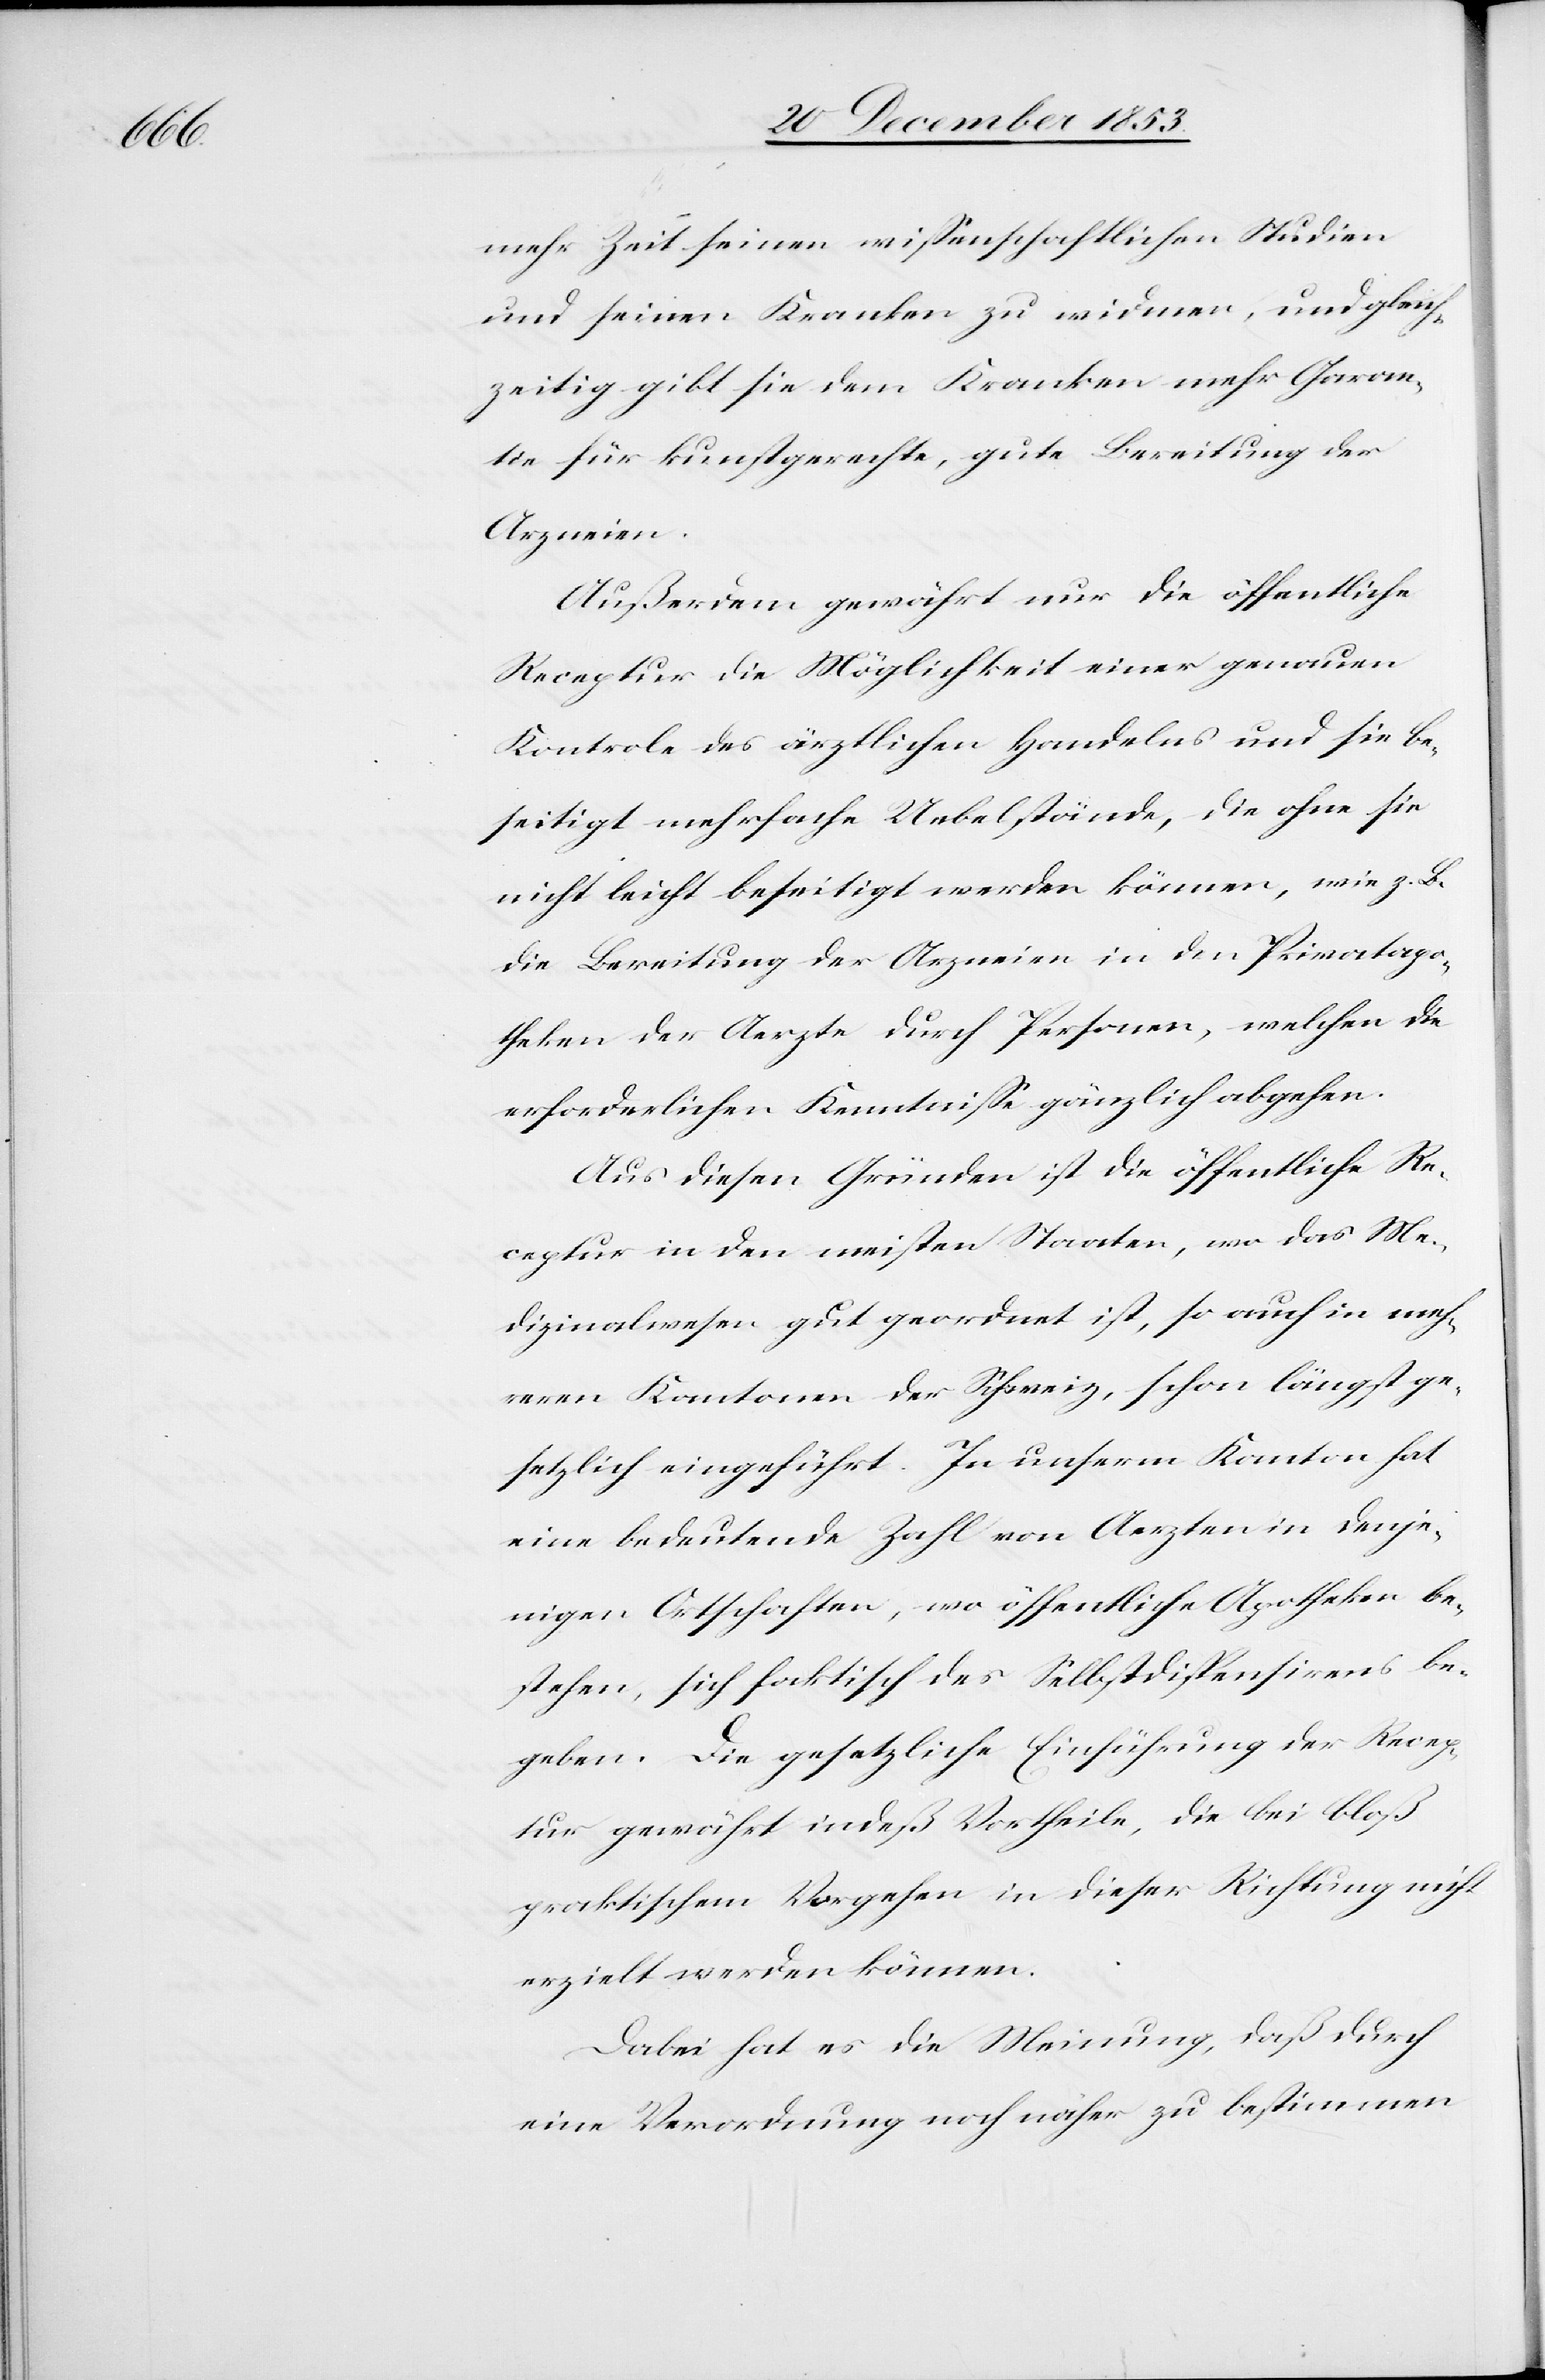
sie be¬

mehr Zeit seinen wißenschaftlichen Studien
und seinen Kranken zu widmen, und gleich¬
zeitig gibt sie den Kranken mehr Garan¬
tie für kunstgerechte, gute Bereitung der
Arzneien.
Außerdem gewährt nur die öffentliche
Rezeptur die Möglichkeit einer genauen
seitigt mehrfache Uebelstände, die ohne sie
nicht leicht beseitigt werden können, wie z.B.
die Bereitung der Arzneien in den Privatapo¬
theken der Aerzte durch Personen, welchen die
erforderlichen Kenntniße gänzlich abgehen.
Aus diesen Gründen ist die öffentliche Re¬
zeptur in den meisten Staaten, wo das Me¬
dizinalwesen gut geordnet ist, so auch in meh¬
reren Kantonen der Schweiz, schon längst ge¬
setzlich eingeführt. In unserm Kanton hat
eine bedeutende Zahl von Aerzten in denje¬
nigen Ortschaften, wo öffentliche Apotheken be¬
stehen, sich faktisch des Selbstdispensirens be¬
geben. Die gesetzliche Einführung der Rezep¬
tur gewährt indeß Vortheile, die bei bloß
praktischem Vorgehen in dieser Richtung nicht
erzielt werden können.
Dabei hat es die Meinung, daß durch
eine Verordnung noch näher zu bestimmen